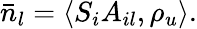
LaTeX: \bar{n}_{l}=\langle S_{i}A_{il},\rho_{u}\rangle.